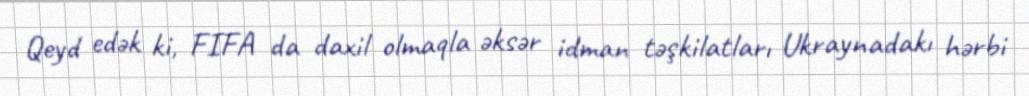
Qeyd edək ki, FIFA da daxil olmaqla əksər idman təşkilatları Ukraynadakı hərbi